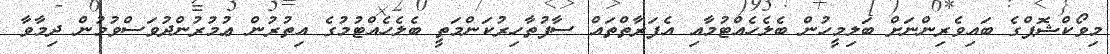
މިވޯކްޝޮޕްގެ ބައިވެރިންނަށް ބަލިމީހުން ބެލެހެއްޓުމާއި އެފަރާތްތައް ސާފުތާހިރުކަންމަތީ ބެލެހެއްޓުމުގެ އިތުރުން ޢުމުރުންދުވަސްވުމުން ދިމާވާ